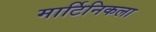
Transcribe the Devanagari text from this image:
मार्टिनिकला